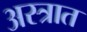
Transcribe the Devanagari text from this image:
अस्त्रात